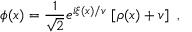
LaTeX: \phi ( x ) = \frac { 1 } { \sqrt { 2 } } e ^ { i \xi ( x ) / v } \, \left[ \rho ( x ) + v \right] \ ,